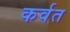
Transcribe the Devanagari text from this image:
कर्वत